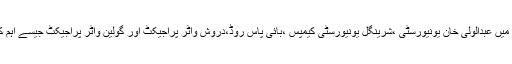
سلیم خان نے سابقہ حکومت میں میرے لائے گئے فنڈ سے چترال میں عبدالولی خان یونیورسٹی ،شرینگل یونیورسٹی کیمپس ،بائی پاس روڈ،دروش واٹر پراجیکٹ اور گولین واٹر پراجیکٹ جیسے اہم کاموں کی تکمیل پی پی پی کاچترال کیلئے ایک عظیم کارنامہ ہے۔